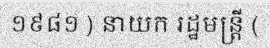
១៩៨១ ) នាយក រដ្ឋមន្ត្រី (